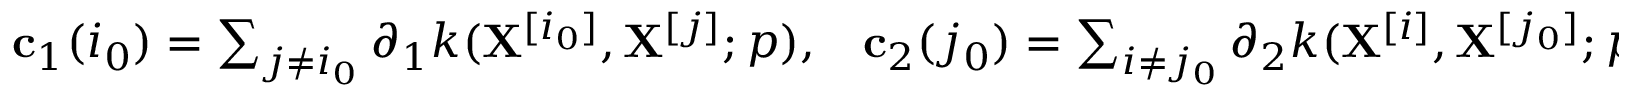
\begin{array} { r } { \mathbf { c } _ { 1 } ( i _ { 0 } ) = \sum _ { j \neq i _ { 0 } } \partial _ { 1 } k ( \mathbf { X } ^ { [ i _ { 0 } ] } , \mathbf { X } ^ { [ j ] } ; p ) , \; \; \; \mathbf { c } _ { 2 } ( j _ { 0 } ) = \sum _ { i \neq j _ { 0 } } \partial _ { 2 } k ( \mathbf { X } ^ { [ i ] } , \mathbf { X } ^ { [ j _ { 0 } ] } ; p ) , \; \; \; \mathbf { c } _ { 3 } = \sum _ { i \neq j } \partial _ { 3 } k ( \mathbf { X } ^ { [ i ] } , \mathbf { X } ^ { [ j ] } ; p ) . } \end{array}